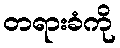
တရားခံကို